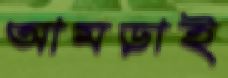
আমড়াই